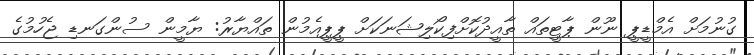
ގުނުމަށް އެމްޑީޕީ ނޫން ޕާޓީތައް ތާއީދުކޮށްފިކޯލިޝަނަކަށް ޕީޕީއެމުން ތައްޔާރު: ޔާމީން ސުންގަނޑި ޖެހުމުގެ